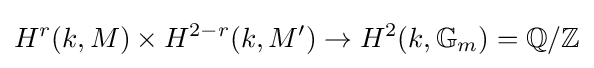
\displaystyle H^{r}(k,M)\times H^{2-r}(k,M')\rightarrow H^{2}(k,\mathbb {G} _{m})=\mathbb {Q} /\mathbb {Z}